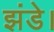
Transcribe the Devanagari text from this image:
झंडे।